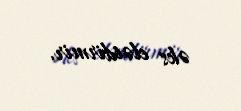
əks elətdirmir.